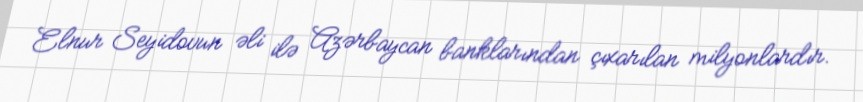
Elnur Seyidovun əli ilə Azərbaycan banklarından çıxarılan milyonlardır.